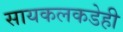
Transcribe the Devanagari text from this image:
सायकलकडेही